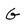
Character: G